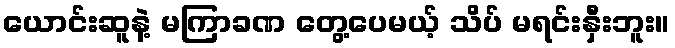
ယောင်းဆူနဲ့ မကြာခဏ တွေ့ပေမယ့် သိပ် မရင်းနှီးဘူး။